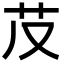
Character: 𦬐